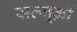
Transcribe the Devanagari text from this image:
सल्जूक़ों